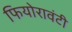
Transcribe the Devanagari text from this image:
फियोरावंटी